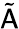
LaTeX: \tilde{\mathsf{A}}